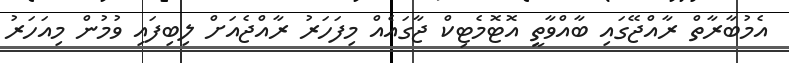
އެމުބާރާތް ރާއްޖޭގައި ބާއްވާތީ އޮޓޮމެޓިކް ޖާގައެއް މިފަހަރު ރާއްޖެއަށް ލިބިފައި ވުމުން މިއަހަރު